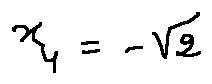
x _ { 4 } = - \sqrt { 2 }